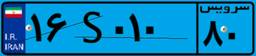
۲۸S۰۱۰۴۷